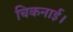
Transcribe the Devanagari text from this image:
चिकनाई।